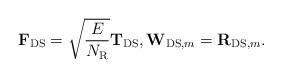
LaTeX: \begin{align*} {\bf F}_{\rm DS} = \sqrt{\frac{E}{N_{\rm R}}}{\bf T}_{\rm DS}, {\bf W}_{{\rm DS},m} = {\bf R}_{{\rm DS},m}.\end{align*}